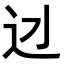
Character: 𨑎